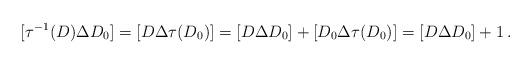
LaTeX: \begin{align*}[\tau^{-1}(D)\Delta D_0]=[D\Delta\tau(D_0)]=[D\Delta D_0]+[D_0\Delta\tau(D_0)]=[D\Delta D_0]+1\,.\end{align*}